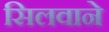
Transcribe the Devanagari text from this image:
सिलवाने